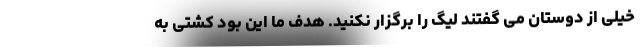
خیلی از دوستان می گفتند لیگ را برگزار نکنید. هدف ما این بود کشتی به